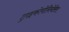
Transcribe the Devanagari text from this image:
ट्राइकोमोनियेसिस